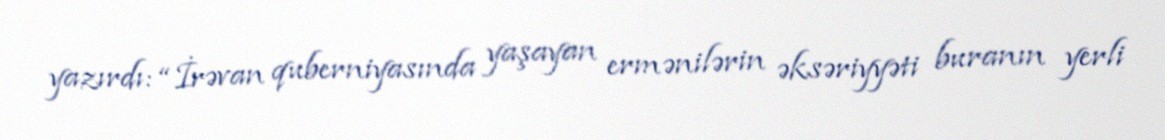
yazırdı: “İrəvan quberniyasında yaşayan ermənilərin əksəriyyəti buranın yerli